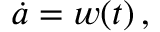
\dot { a } = w ( t ) \, ,